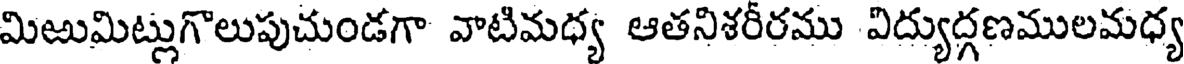
మిఱుమిట్లుగొలుపుచుండగా వాటిమధ్య ఆతనిశరీరము విద్యుద్గణములమధ్య